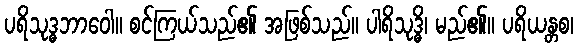
ပရိသုဒ္ဓဘာဝေါ။ စင်ကြယ်သည်၏ အဖြစ်သည်။ ပါရိသုဒ္ဓိ၊ မည်၏။ ပရိယန္တစ၊